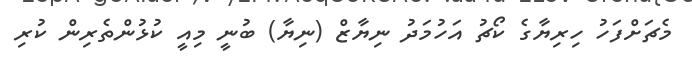
މެޗަށްފަހު ހިރިޔާގެ ކޯޗު އަހުމަދު ނިޔާޒް (ނިޔާ) ބުނީ މިއީ ކުޅުންތެރިން ކުރި